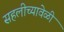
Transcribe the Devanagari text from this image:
सहलीच्यावेळी